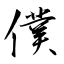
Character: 僕